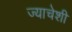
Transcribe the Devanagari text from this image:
ज्याचेशी